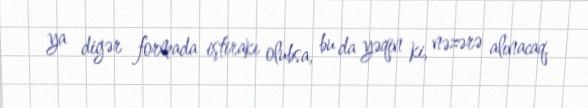
ya digər formada iştirakı olubsa, bu da yəqin ki, nəzərə alınacaq.